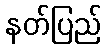
နတ်ပြည်